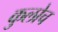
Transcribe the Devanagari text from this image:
कुलोच